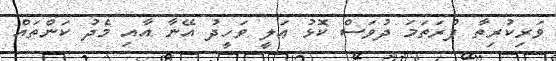
ވަރިކުރިތާ ފުރަތަމަ ދުވަސް ކޮޅު ޢަލީ ވަހީދު އޭނާ އާއި މެދު ކަންތައް